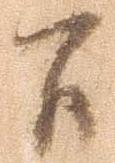
間